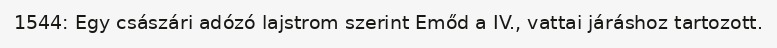
1544: Egy császári adózó lajstrom szerint Emőd a IV., vattai járáshoz tartozott.